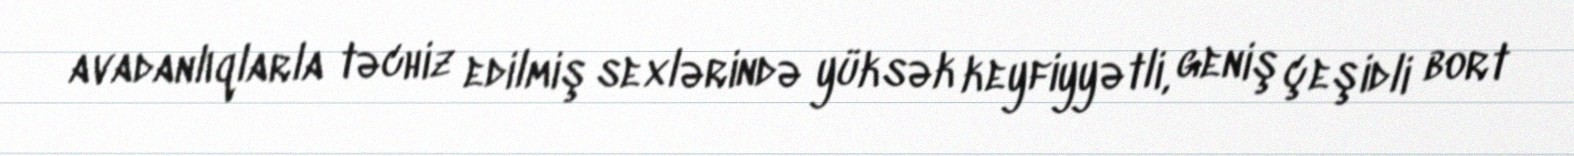
avadanlıqlarla təchiz edilmiş sexlərində yüksək keyfiyyətli, geniş çeşidli bort